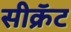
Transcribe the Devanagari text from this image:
सीक्रॅट